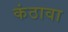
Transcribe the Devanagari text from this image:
कंठावा